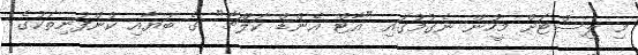
މި ލިސްޓަށް މީހުން ނެގުމުގައި "އާޓް އެންޑް ކަލްޗާ" ގެ ބަޔާއި ކުންފުނިތަކުގެ